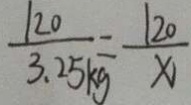
\frac { 1 2 0 } { 3 . 2 5 k } = \frac { 1 2 0 } { x }